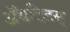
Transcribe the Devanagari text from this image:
ॲथलिटस्